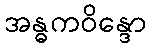
အန္ဓကဝိန္ဒော